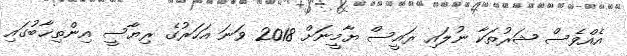
އެއްވެސް ޝަރުތަކާ ނުލައި ރައީސް ޔާމީނަށް 2018 ވަނަ އަހަރުގެ ރިޔާސީ އިންތިޚާބުގައި